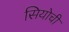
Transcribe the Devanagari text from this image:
सियोची